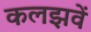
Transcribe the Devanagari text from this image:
कलझवें